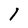
Character: l